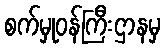
စက်မှုဝန်ကြီးဌာနမှ